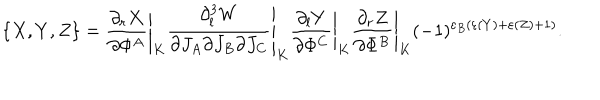
\{ X , Y , Z \} = \left. { \frac { \partial _ { r } X } { \partial \Phi ^ { A } } } \right| _ { K } \left. { \frac { \partial _ { l } ^ { 3 } W } { \partial J _ { A } \partial J _ { B } \partial J _ { C } } } \right| _ { K } \left. { \frac { \partial _ { l } Y } { \partial \Phi ^ { C } } } \right| _ { K } \left. { \frac { \partial _ { r } Z } { \partial \Phi ^ { B } } } \right| _ { K } ( - 1 ) ^ { \varepsilon _ { B } ( \varepsilon ( Y ) + \varepsilon ( Z ) + 1 ) } .